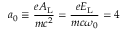
a _ { 0 } \equiv \frac { e A _ { \mathrm { L } } } { m c ^ { 2 } } = \frac { e E _ { \mathrm { L } } } { m c \omega _ { 0 } } = 4